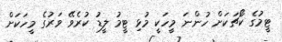
ޓީމުގެ ކޯޗަކަށް ހުންނަ މީހަކީ މުޅި ޓީމު ލީޑު ކުރެވޭ ވަރުގެ މީހަކަށް